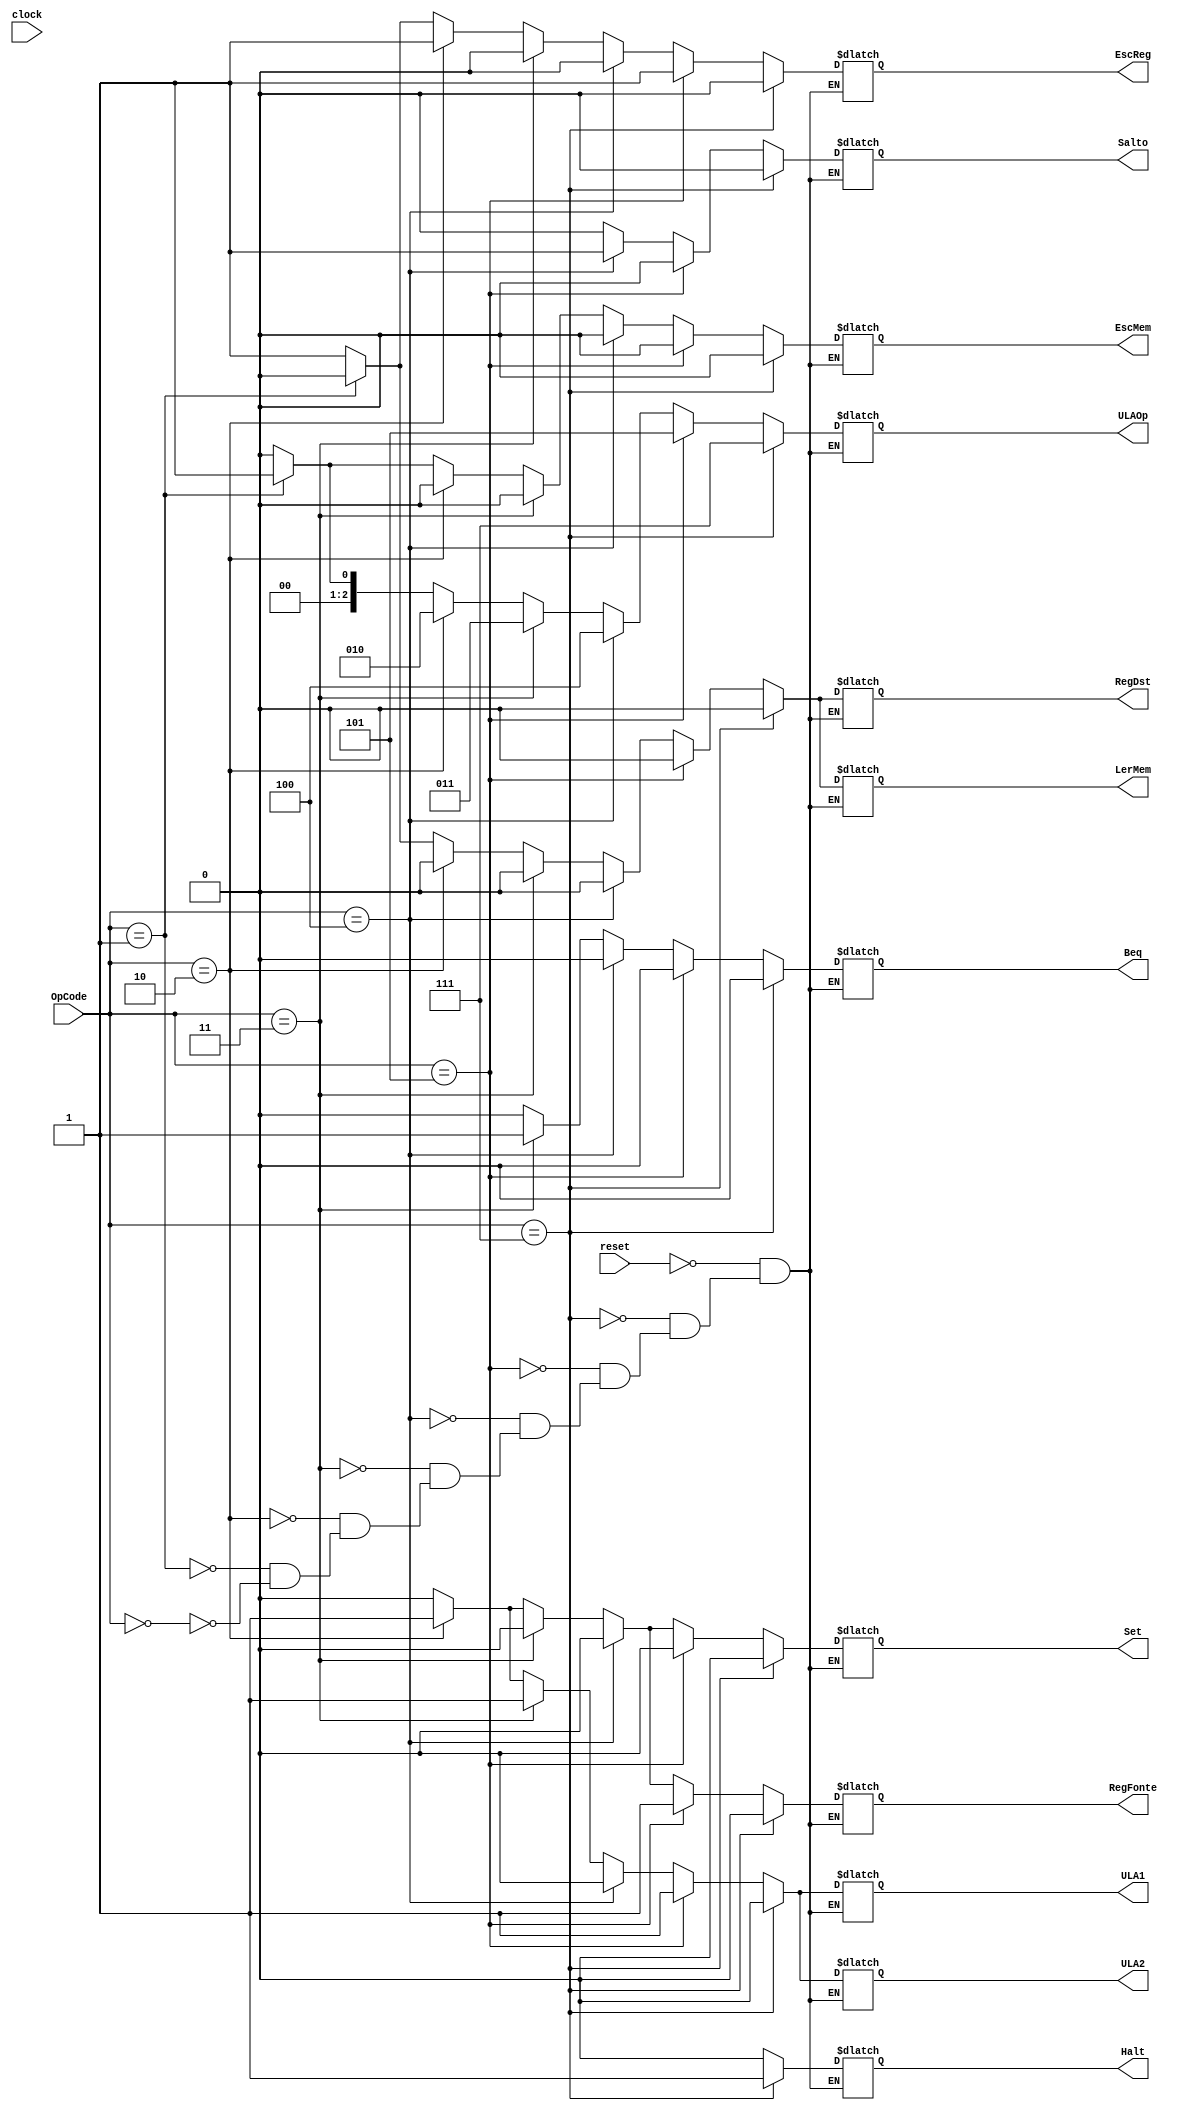
module SinalDeControle(OpCode, clock, reset, Halt, RegFonte, RegDst, 
EscReg, ULA1, ULA2, Beq, ULAOp, Salto, Set, LerMem, EscMem);
input [2:0] OpCode;
input clock, reset;
output reg [2:0] ULAOp;
output reg Halt, RegFonte, RegDst, EscReg, ULA1, ULA2, Beq, Salto, Set, LerMem, EscMem;
always @(*)//negedge clock  
begin
	if(OpCode == 3'b000) begin // lw
		Halt=0; 
		RegDst=1;
		RegFonte=0;
		EscMem=0; 
		LerMem=1; 
		Set=0;
		Salto=0; 
		Beq=0;
		ULA2=0; 
		ULA1=0; 
		EscReg=1;
		ULAOp=3'b000;
	end
	if(OpCode == 3'b001) begin // sw
		Halt=0; 
		RegDst=0;
		RegFonte=0; 
		EscMem=1; 
		LerMem=0; 
		Set=0; 
		Salto=0; 
		Beq=0;
		ULA2=0; 
		ULA1=0; 
		EscReg=0;
		ULAOp=3'b001;
	end
	if(OpCode == 3'b010) begin // add
		Halt=0; 
		RegDst=0; 
		RegFonte=1; 
		EscMem=0; 
		LerMem=0; 
		Set=1;
		Salto=0;
		Beq=0;
		ULA2=1; 
		ULA1=1; 
		EscReg=1;
		ULAOp=3'b010;
	end
	if(OpCode == 3'b011) begin // beq
		Halt=0; 
		RegDst=0;
		RegFonte=0;
		EscMem=0; 
		LerMem=0; 
		Set=0;
		Salto=0;
		Beq=1;
		ULA2=1; 
		ULA1=1; 
		EscReg=0;
		ULAOp=3'b011;
	end
	if(OpCode == 3'b100) begin // j
		Halt=0; 
		RegDst=0;
		RegFonte=0; 
		EscMem=0; 
		LerMem=0; 
		Set=0;
		Salto=1;
		Beq=0;
		ULA2=0; 
		ULA1=0; 
		EscReg=0; 
		ULAOp=3'b100;
	end
	if(OpCode == 3'b101) begin // slt
		Halt=0; 
		RegDst=0;
		RegFonte=1; 
		EscMem=0; 
		LerMem=0; 
		Set=0;
		Salto=0;
		Beq=0;
		ULA2=1; 
		ULA1=1; 
		EscReg=1;
		ULAOp=3'b101;
	end
	if(OpCode == 3'b111) begin // hlt
		Halt=1; 
		RegDst=0;  
		RegFonte=0; 
		EscMem=0; 
		LerMem=0; 
		Set=0; 
		Salto=0; 
		Beq=0; 
		ULA2=0; 
		ULA1=0; 
		EscReg=0; 
		ULAOp=3'b111;
	end
	if(reset) begin
	   Halt=1'bx; 
		RegDst=1'bx;  
		RegFonte=1'bx; 
		EscMem=1'bx; 
		LerMem=1'bx; 
		Set=1'bx; 
		Salto=1'bx; 
		Beq=1'bx; 
		ULA2=1'bx; 
		ULA1=1'bx; 
		EscReg=1'bx; 
		ULAOp=3'bxxx;
	end
end
endmodule